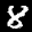
Label: 8